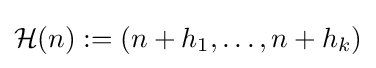
{\mathcal {H}}(n):=(n+h_{1},\dots ,n+h_{k})